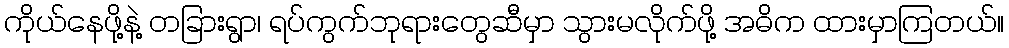
ကိုယ်နေဖို့နဲ့ တခြားရွာ၊ ရပ်ကွက်ဘုရားတွေဆီမှာ သွားမလိုက်ဖို့ အဓိက ထားမှာကြတယ်။